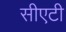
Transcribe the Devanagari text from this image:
सीएटी